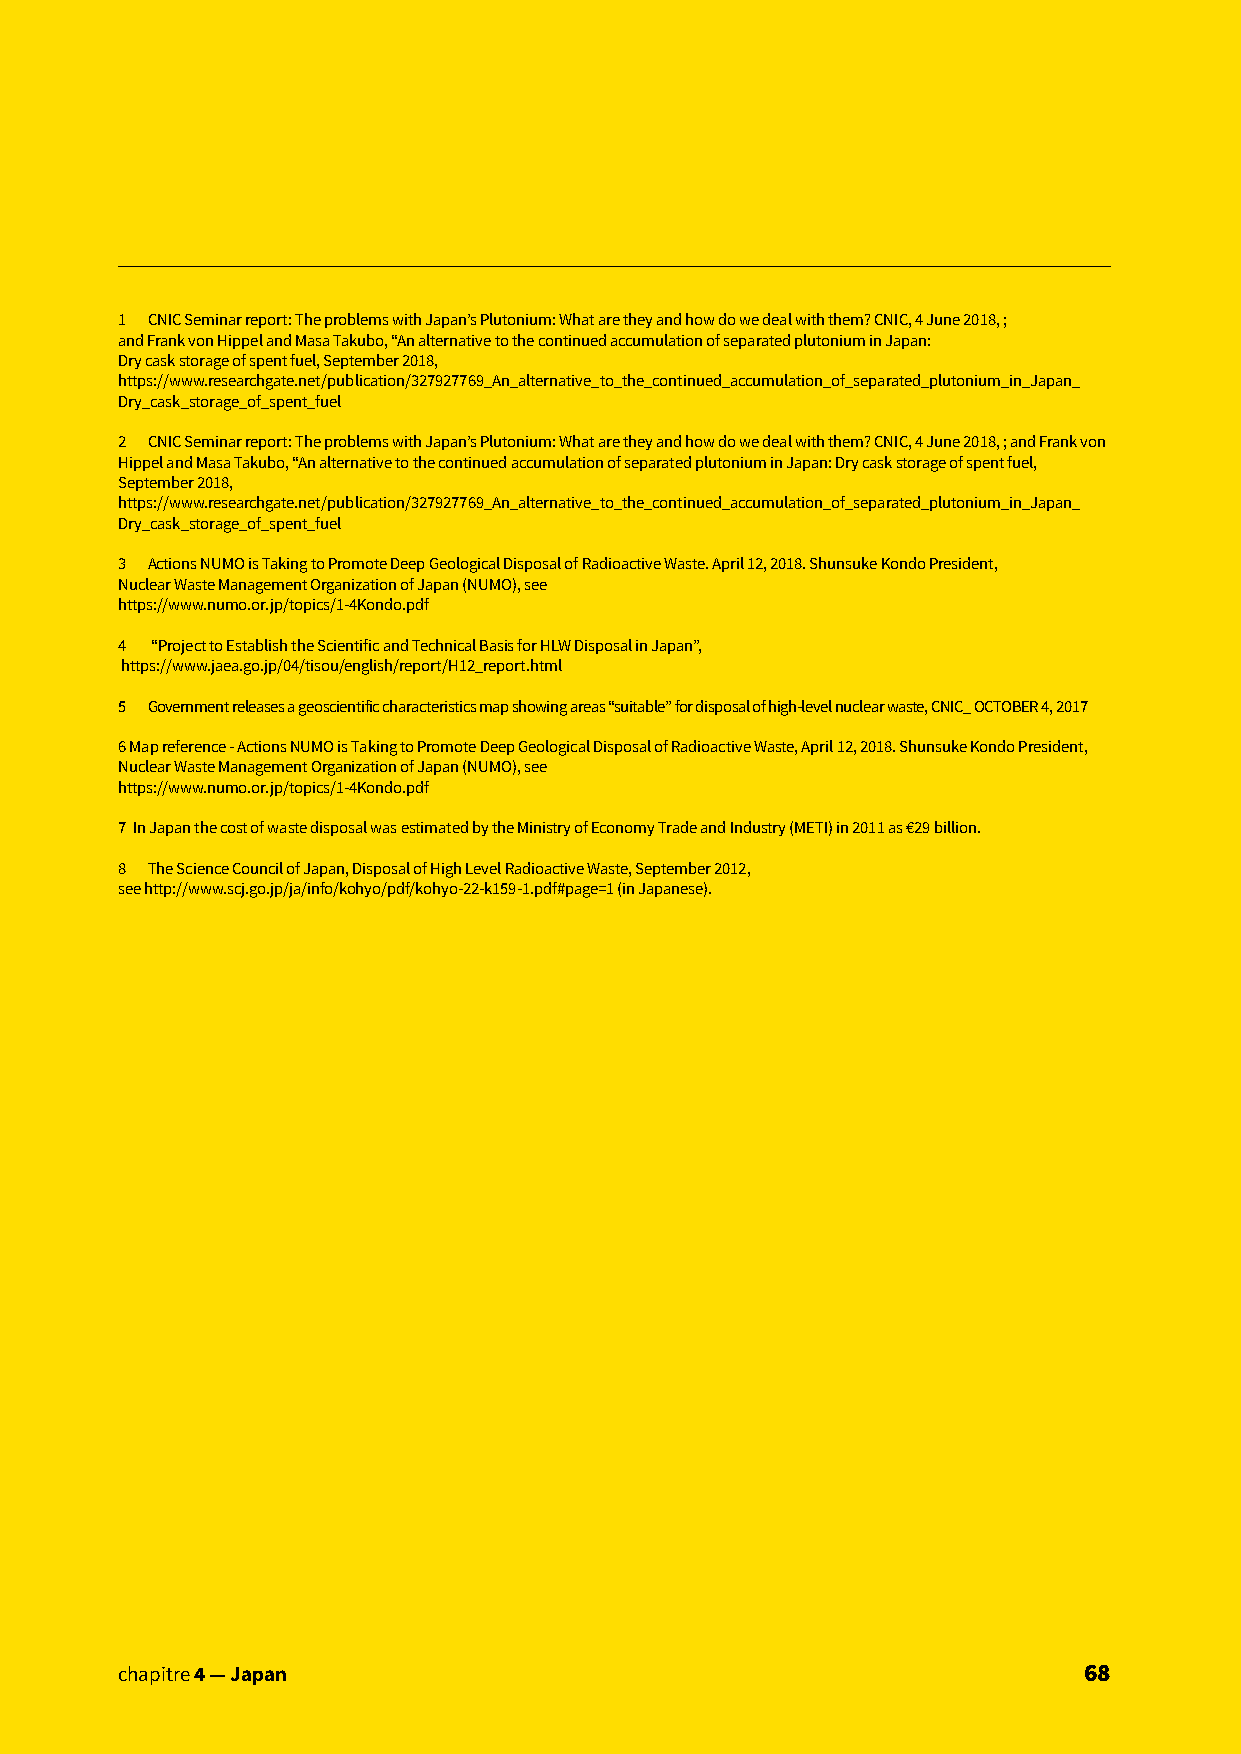
1 CNIC Seminar report: The problems with Japan’s Plutonium: What are they and how do we deal with them? CNIC, 4 June 2018, ;
 and Frank von Hippel and Masa Takubo, “An alternative to the continued accumulation of separated plutonium in Japan:
 Dry cask storage of spent fuel, September 2018,
 https://www.researchgate.net/publication/327927769_An_alternative_to_the_continued_accumulation_of_separated_plutonium_in_Japan_
 Dry_cask_storage_of_spent_fuel
 2 CNIC Seminar report: The problems with Japan’s Plutonium: What are they and how do we deal with them? CNIC, 4 June 2018, ; and Frank von
 Hippel and Masa Takubo, “An alternative to the continued accumulation of separated plutonium in Japan: Dry cask storage of spent fuel,
 September 2018,
 https://www.researchgate.net/publication/327927769_An_alternative_to_the_continued_accumulation_of_separated_plutonium_in_Japan_
 Dry_cask_storage_of_spent_fuel
 3 Actions NUMO is Taking to Promote Deep Geological Disposal of Radioactive Waste. April 12, 2018. Shunsuke Kondo President,
 Nuclear Waste Management Organization of Japan (NUMO), see
 https://www.numo.or.jp/topics/1-4Kondo.pdf
 4 “Project to Establish the Scientific and Technical Basis for HLW Disposal in Japan”,
 https://www.jaea.go.jp/04/tisou/english/report/H12_report.html
 5 Government releases a geoscientific characteristics map showing areas “suitable” for disposal of high-level nuclear waste, CNIC_ OCTOBER 4, 2017
 6 Map reference - Actions NUMO is Taking to Promote Deep Geological Disposal of Radioactive Waste, April 12, 2018. Shunsuke Kondo President,
 Nuclear Waste Management Organization of Japan (NUMO), see
 https://www.numo.or.jp/topics/1-4Kondo.pdf
 7 In Japan the cost of waste disposal was estimated by the Ministry of Economy Trade and Industry (METI) in 2011 as €29 billion.
 8 The Science Council of Japan, Disposal of High Level Radioactive Waste, September 2012,
 see http://www.scj.go.jp/ja/info/kohyo/pdf/kohyo-22-k159-1.pdf#page=1 (in Japanese).
 cchhaappiittrree 34 —— FJraapnacne                              6688